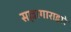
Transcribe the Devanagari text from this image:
सल्लागाराद्वारे